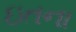
ઇતના